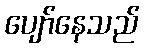
ပျော်နေသည်